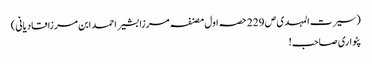
(سیرت المہدی ص 229 حصہ اول مصنفہ مرزا بشیر احمد ابن مرزا قادیانی)
پٹواری صاحب!